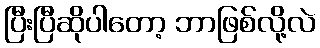
ပြီးပြီဆိုပါတော့ ဘာဖြစ်လို့လဲ